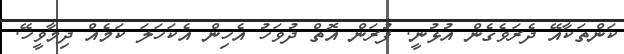
ކަންތަކާއޭ ދެރަވެގެން އުޅުނީ. ފުރަން އޮތް ދުވަހު އެހިން އެކަހަލަ ކަމެއް ދިމާވީހޭ.